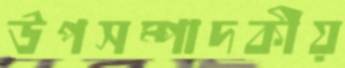
উপসম্পাদকীয়